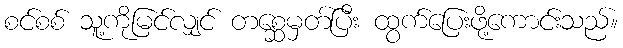
စင်စစ် သူ့ကိုမြင်လျှင် တစ္ဆေမှတ်ပြီး ထွက်ပြေးဖို့ကောင်းသည်။